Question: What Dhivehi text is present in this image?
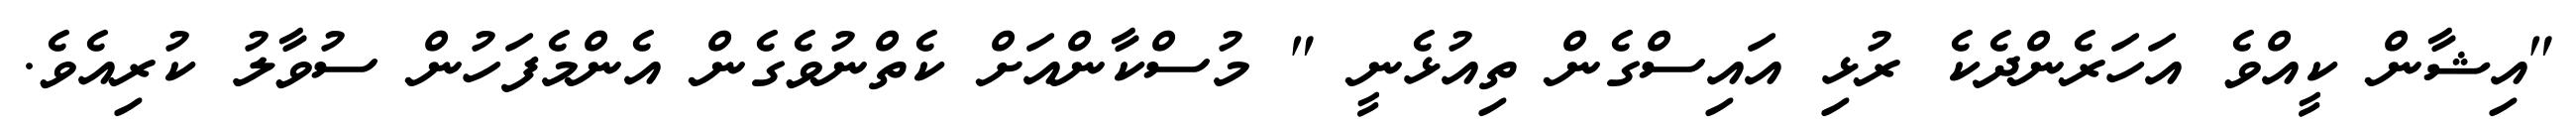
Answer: "އިޝާން ކީއްވެ އަހަރެންދެކެ ރުޅި އައިސްގެން ތިއުޅެނީ " މުސްކާންއަށް ކެތްނުވެގެން އެންމެފަހުން ސުވާލު ކުރިއެވެ.